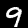
Digit: 9